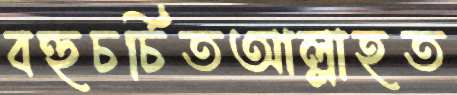
বহুচর্চিতআল্লাহত